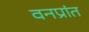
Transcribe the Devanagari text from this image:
वनप्रांत